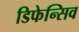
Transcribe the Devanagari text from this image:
डिफेन्सिव